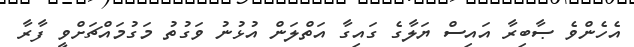
އެހެންވެ ޞާބިރާ އައިސް ޔަލާގެ ގައިގާ އަތްލަން އުޅުނު ވަގުތު މަގުމައްޗަށްވީ ފާރާ